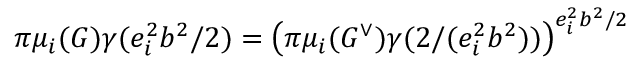
\pi \mu _ { i } ( G ) \gamma ( e _ { i } ^ { 2 } b ^ { 2 } / 2 ) = \left( \pi \mu _ { i } ( G ^ { \vee } ) \gamma ( 2 / ( e _ { i } ^ { 2 } b ^ { 2 } ) ) \right) ^ { e _ { i } ^ { 2 } b ^ { 2 } / 2 }